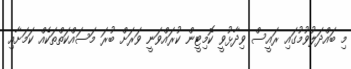
މި ބައްދަލުވުމުގައި ރައީސް ވިދާޅުވީ ކޮމިޓީން ކުރައްވަނީ ވަރަށް ބުރަ މަސައްކަތްތަކެއް ކަމަށާއި